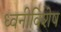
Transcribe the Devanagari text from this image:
ध्वनीविशेष